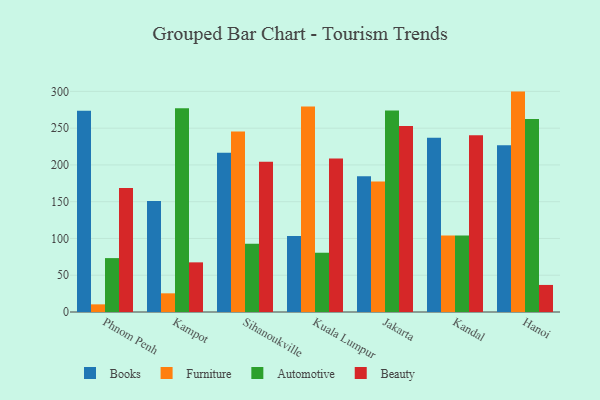
{"axis": {"x": "City", "y": "Temperature (°C)"}, "legend": ["Automotive", "Beauty", "Books", "Furniture"], "data": [{"x": "Phnom Penh", "y": 273.5, "type": "Books"}, {"x": "Phnom Penh", "y": 10.4, "type": "Furniture"}, {"x": "Phnom Penh", "y": 73.3, "type": "Automotive"}, {"x": "Phnom Penh", "y": 168.7, "type": "Beauty"}, {"x": "Kampot", "y": 150.9, "type": "Books"}, {"x": "Kampot", "y": 25.4, "type": "Furniture"}, {"x": "Kampot", "y": 277.2, "type": "Automotive"}, {"x": "Kampot", "y": 67.5, "type": "Beauty"}, {"x": "Sihanoukville", "y": 216.6, "type": "Books"}, {"x": "Sihanoukville", "y": 245.3, "type": "Furniture"}, {"x": "Sihanoukville", "y": 92.7, "type": "Automotive"}, {"x": "Sihanoukville", "y": 204.4, "type": "Beauty"}, {"x": "Kuala Lumpur", "y": 103.2, "type": "Books"}, {"x": "Kuala Lumpur", "y": 279.4, "type": "Furniture"}, {"x": "Kuala Lumpur", "y": 80.6, "type": "Automotive"}, {"x": "Kuala Lumpur", "y": 208.7, "type": "Beauty"}, {"x": "Jakarta", "y": 184.6, "type": "Books"}, {"x": "Jakarta", "y": 177.5, "type": "Furniture"}, {"x": "Jakarta", "y": 273.9, "type": "Automotive"}, {"x": "Jakarta", "y": 252.9, "type": "Beauty"}, {"x": "Kandal", "y": 236.9, "type": "Books"}, {"x": "Kandal", "y": 104.0, "type": "Furniture"}, {"x": "Kandal", "y": 104.0, "type": "Automotive"}, {"x": "Kandal", "y": 240.2, "type": "Beauty"}, {"x": "Hanoi", "y": 226.6, "type": "Books"}, {"x": "Hanoi", "y": 299.7, "type": "Furniture"}, {"x": "Hanoi", "y": 262.6, "type": "Automotive"}, {"x": "Hanoi", "y": 36.8, "type": "Beauty"}]}